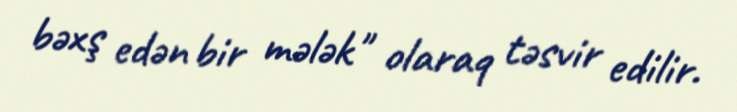
bəxş edən bir mələk" olaraq təsvir edilir.